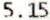
5.15